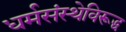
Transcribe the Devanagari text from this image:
धर्मसंस्थेविरूद्ध